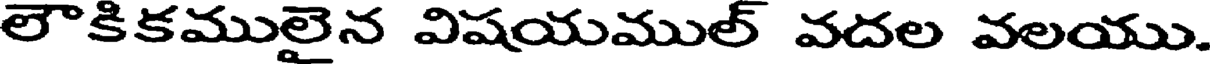
లౌకికములైన విషయముల్ వదల వలయు.